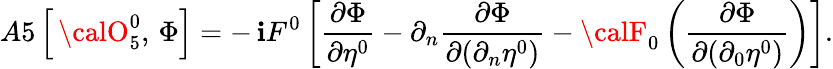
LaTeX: A5\left[\, {\calO}_{5}^{0},\, \Phi\right]=-\, \mathbf{i}F^{0}\left[\frac{{\partial\Phi}}{{\partial\eta^{0}}}-\partial_{n}\frac{{\partial\Phi}}{{\partial(\partial_{n}\eta^{0})}}-{\calF}_{0}\left(\frac{{\partial\Phi}}{{\partial(\partial_{0}\eta^{0})}}\right)\right].